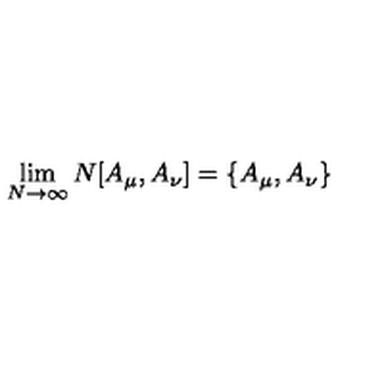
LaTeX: \lim _ { N \rightarrow \infty } N [ A _ { \mu } , A _ { \nu } ] = \{ A _ { \mu } , A _ { \nu } \}